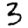
Digit: 3